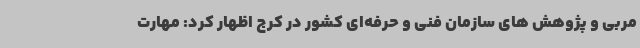
مربی و پژوهش های سازمان فنی و حرفه‌ای کشور در کرج اظهار کرد: مهارت